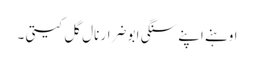
اوہنے اپنے سنگی ابو ضرار نال گل کیتی ۔